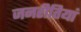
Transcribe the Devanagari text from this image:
जनरीतियां